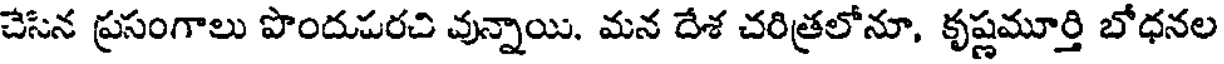
చేసిన ప్రసంగాలు పొందుపరచి వున్నాయి. మన దేశ చరిత్రలోనూ, కృష్ణమూర్తి బోధనల